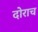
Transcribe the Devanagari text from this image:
दोराच